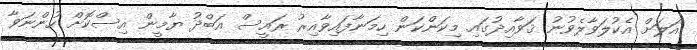
އަލަށް އެކުލަވާލެވުނު ޤަވާއިދުގައި މިކަންކަން ހިމަނާފައިވާއިރު ރައީސް އަބްދު ޔާމީން އިސްކޮށް ހުންނަވާ